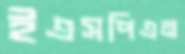
ইএসপিএন